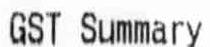
GST SUMMARY